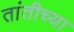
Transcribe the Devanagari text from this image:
तांतीच्या